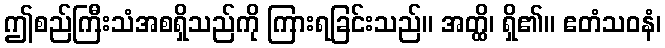
ဤစည်ကြီးသံအစရှိသည်ကို ကြားရခြင်းသည်။ အတ္ထိ၊ ရှိ၏။ ဧတံသဝနံ၊